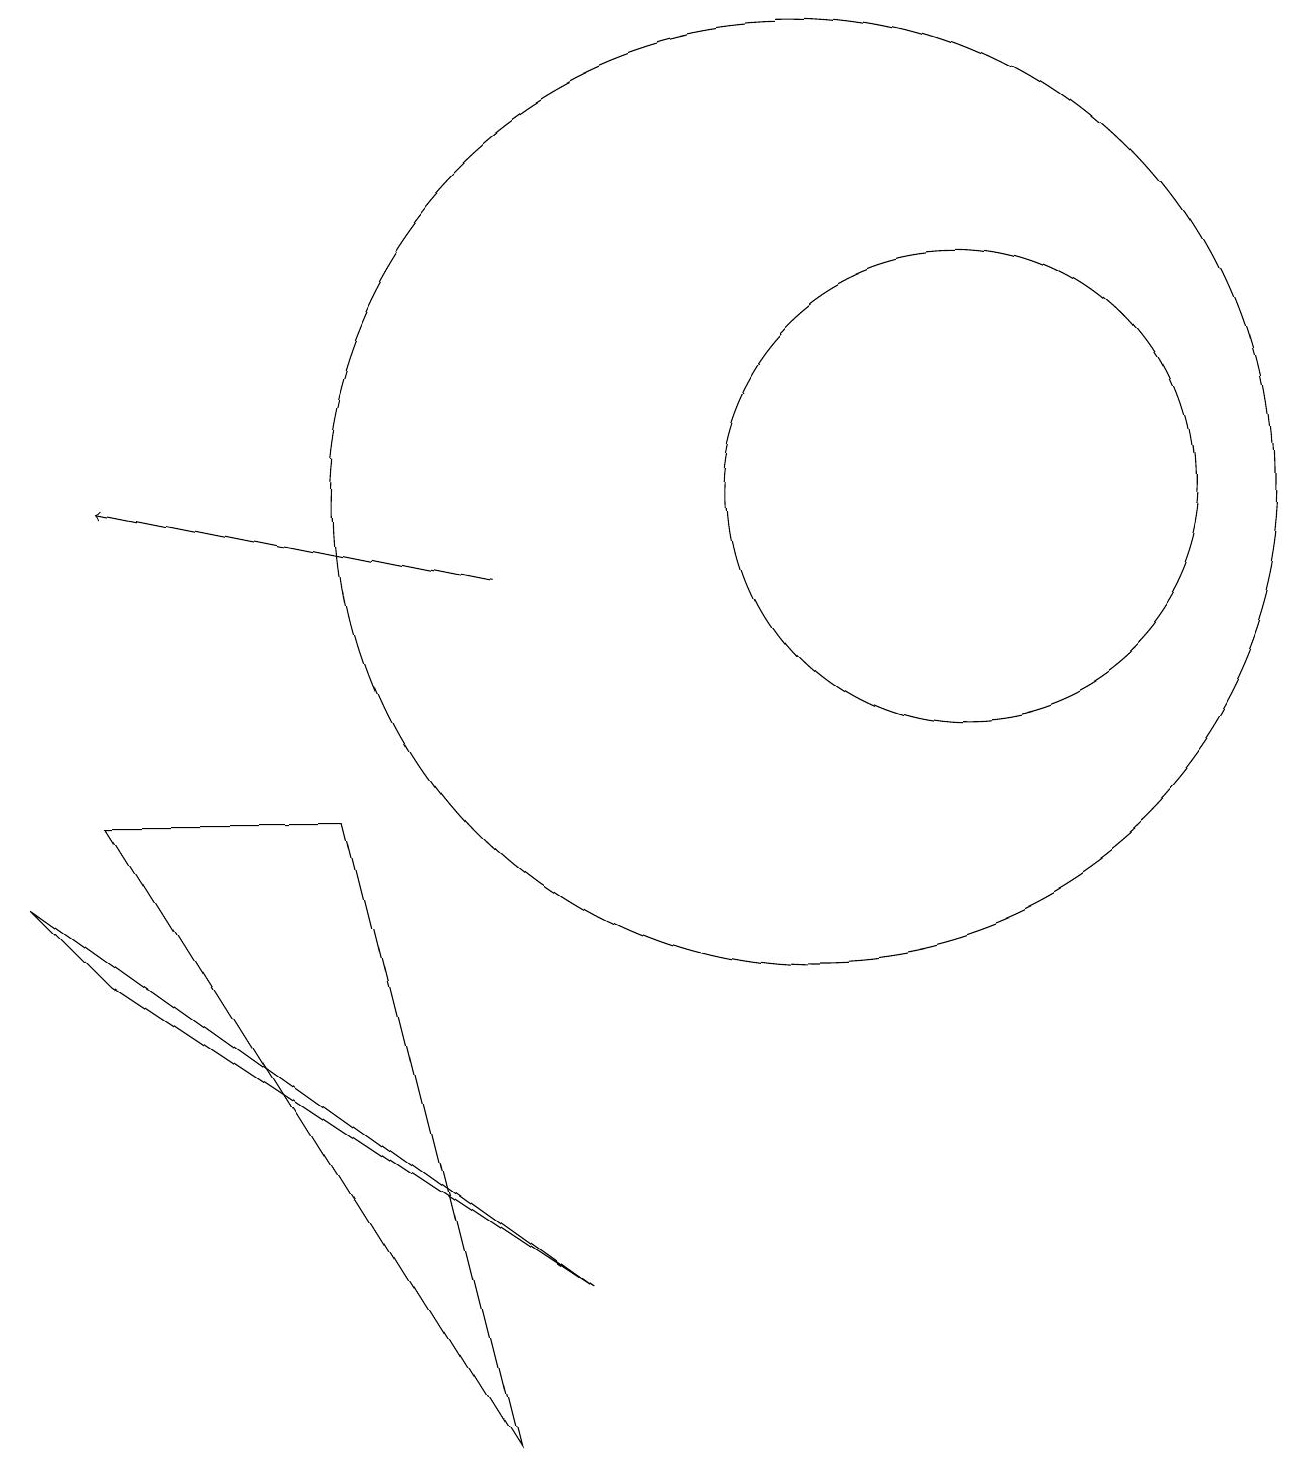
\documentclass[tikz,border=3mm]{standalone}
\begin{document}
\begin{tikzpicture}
\draw (12,12) circle (3);
\draw (10,12) circle (6);
\draw[->] (6,11) -- (1,12);
\draw (0,7) -- (7,2) -- (1,6) -- cycle;
\draw (1,8) -- (4,8) -- (6,0) -- cycle;
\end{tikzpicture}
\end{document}